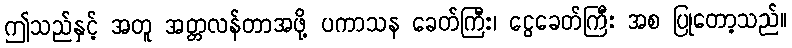
ဤသည်နှင့် အတူ အတ္တလန်တာအဖို့ ပကာသန ခေတ်ကြီး၊ ငွေခေတ်ကြီး အစ ပြုတော့သည်။